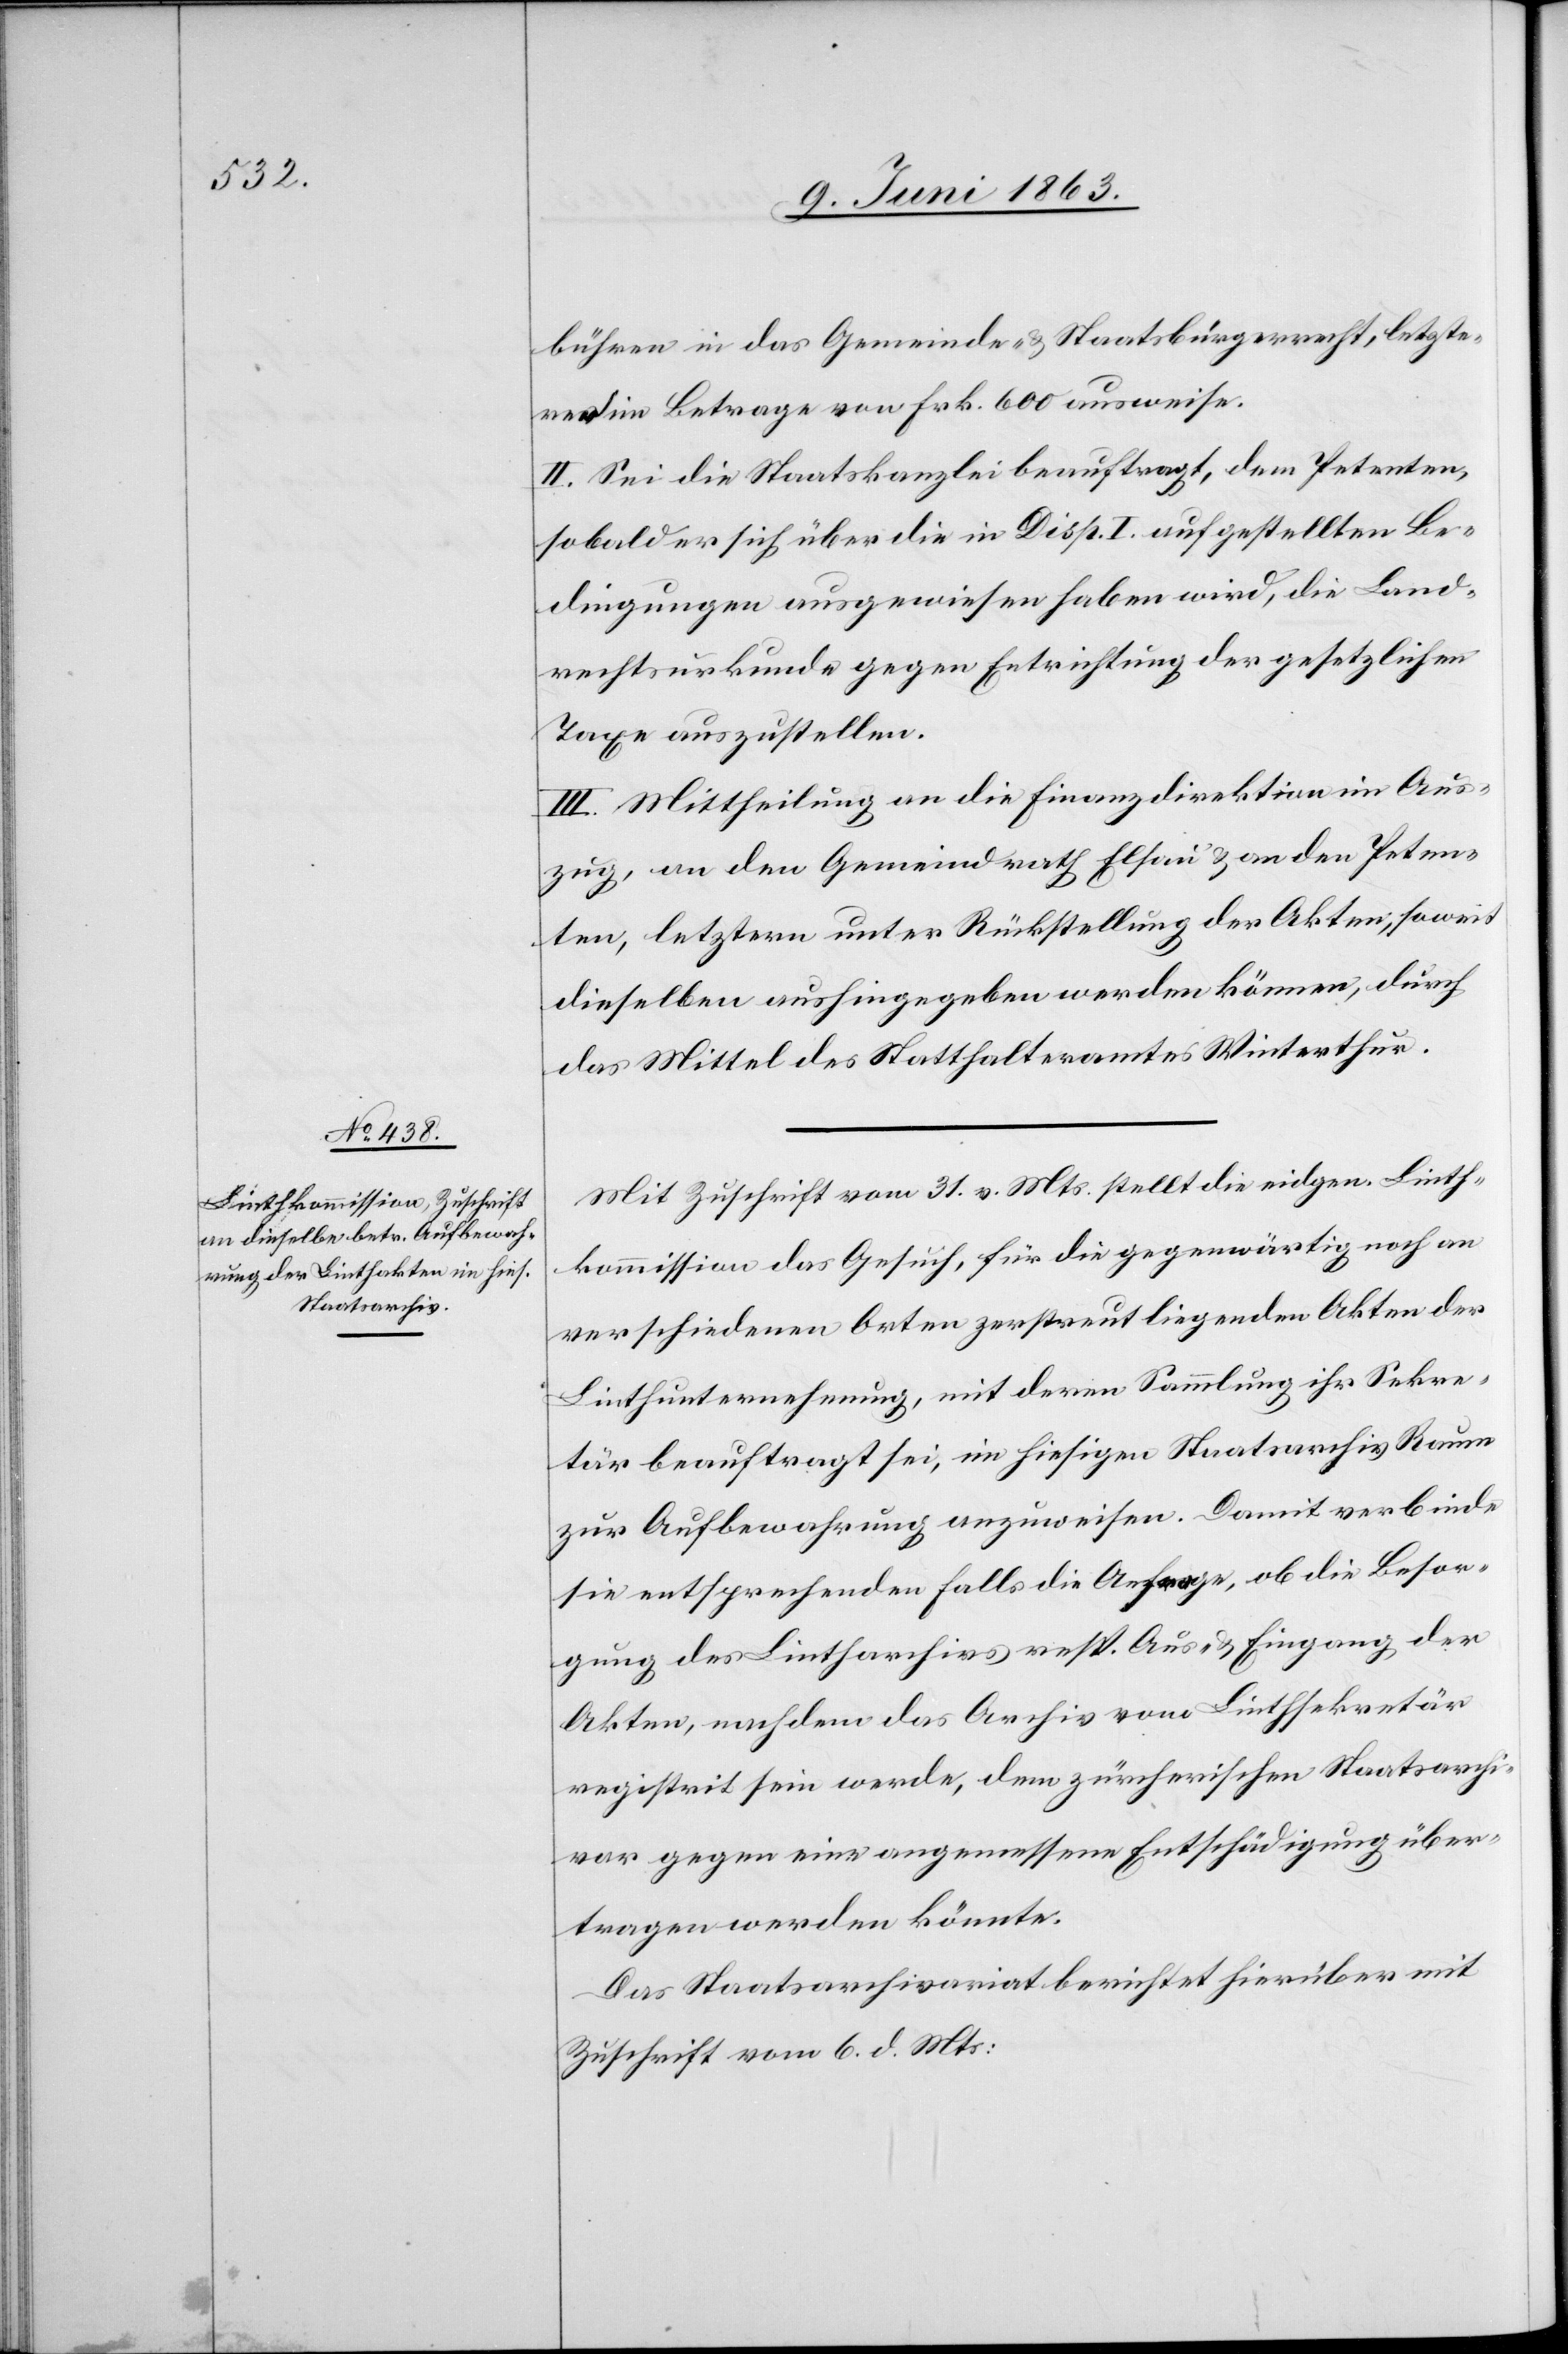
bühren in das Gemeinde- & Staatsbürgerrecht, letzte¬
re im Betrage von Frk. 600 ausweise.
II. Sei die Staatskanzlei beauftragt, dem Petenten,
sobald er sich über die in Disp. I aufgestellten Be¬
dingungen ausgewiesen haben wird, die Land¬
rechtsurkunde gegen Entrichtung der gesetzlichen
Taxe auszustellen.
III. Mittheilung an die Finanzdirektion im Aus¬
zug, an den Gemeindrath Elsau & an den Peten¬
ten, letztern unter Rückstellung der Akten, soweit
dieselben aushingegeben werden können, durch
das Mittel des Statthalteramtes Winterthur.
Mit Zuschrift vom 31. v. Mts. stellt die eidgen. Linth¬
kommission das Gesuch, für die gegenwärtig noch an
verschiedenen Orten zerstreut liegenden Akten der
Linthunternehmung, mit deren Sammlung ihr Sekre¬
tär beauftragt sei, im hiesigen Staatsarchiv Raum
zur Aufbewahrung anzuweisen. Damit verbinde
sie entsprechenden Falls die Anfrage, ob die Besor¬
gung des Lintharchivs resp. Aus- & Eingang der
Akten, nachdem das Archiv vom Linthsekretär
registrit sein werde, dem zürcherischen Staatsarchi¬
var gegen eine angemessene Entschädigung über¬
tragen werden könnte.
Das Staatsarchivariat berichtet hierüber mit
Zuschrift vom 6. d. Mts.: